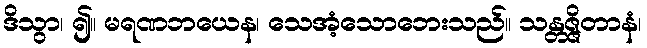
ဒိသွာ၊ ၍။ မရဏဘယေန၊ သေအံ့သောဘေးသည်။ သန္တဇ္ဇိတာနံ၊